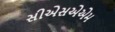
સીએસએએમ